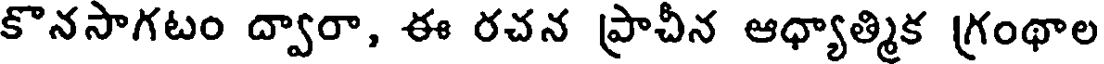
కొనసాగటం ద్వారా, ఈ రచన ప్రాచీన ఆధ్యాత్మిక గ్రంథాల